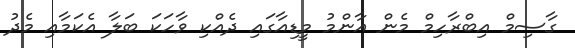
ގާސިމް އިބްރާހިމް މެން އާންމު މީީޑިއާގައި ދެއްކި ވާހަކަ ބަލާ އެކަމާއި މެދު